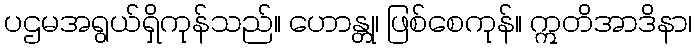
ပဌမအရွယ်ရှိကုန်သည်။ ဟောန္တု၊ ဖြစ်စေကုန်။ ဣတိအာဒိနာ၊